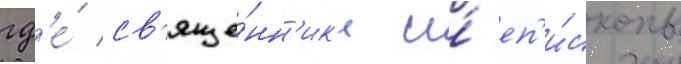
гд'е́ св'яще́нн'ик'и и́ еп'и́скопы